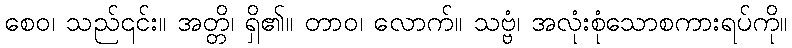
စေဝ၊ သည်၎င်း။ အတ္တိ၊ ရှိ၏။ တာဝ၊ လောက်။ သဗ္ဗံ၊ အလုံးစုံသောစကားရပ်ကို။